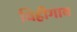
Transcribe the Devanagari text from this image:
विहीगाव